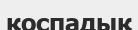
қоспадық